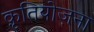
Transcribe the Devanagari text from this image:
क़ृतियोजना